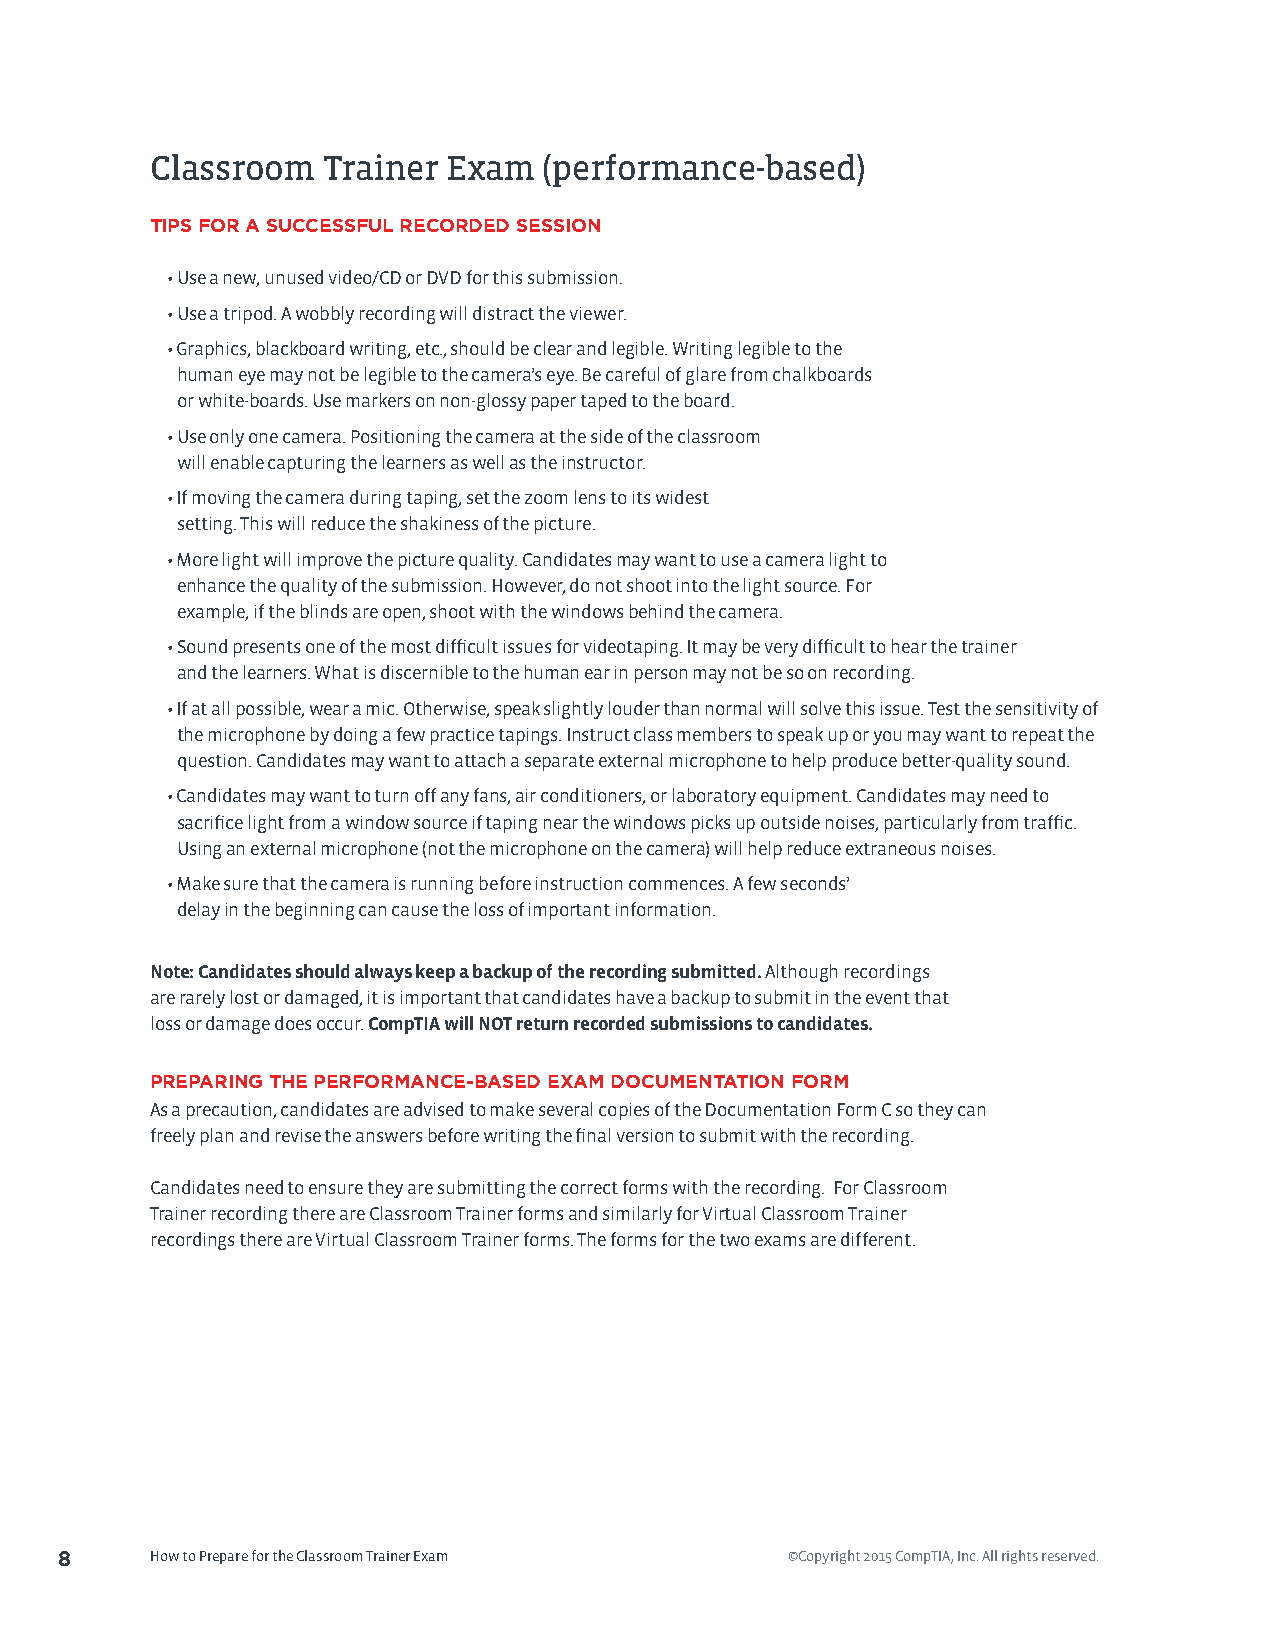
Classroom  Trainer  Exam  (performance-based)
 TIPS FOR A SUCCESSFUL RECORDED SESSION
 • Use a new, unused video/CD or DVD for this submission.
 • Use a tripod. A wobbly recording will distract the viewer.
 • Graphics, blackboard writing, etc., should be clear and legible. Writing legible to the
 human eye may not be legible to the camera’s eye. Be careful of glare from chalkboards
 or white-boards. Use markers on non-glossy paper taped to the board.
 • Use only one camera. Positioning the camera at the side of the classroom
 will enable capturing the learners as well as the instructor.
 • If moving the camera during taping, set the zoom lens to its widest
 setting. This will reduce the shakiness of the picture.
 • More light will improve the picture quality. Candidates may want to use a camera light to
 enhance the quality of the submission. However, do not shoot into the light source. For
 example, if the blinds are open, shoot with the windows behind the camera.
 • Sound presents one of the most difficult issues for videotaping. It may be very difficult to hear the trainer
 and the learners. What is discernible to the human ear in person may not be so on recording.
 • If at all possible, wear a mic. Otherwise, speak slightly louder than normal will solve this issue. Test the sensitivity of
 the microphone by doing a few practice tapings. Instruct class members to speak up or you may want to repeat the
 question. Candidates may want to attach a separate external microphone to help produce better-quality sound.
 • Candidates may want to turn off any fans, air conditioners, or laboratory equipment. Candidates may need to
 sacrifice light from a window source if taping near the windows picks up outside noises, particularly from traffic.
 Using an external microphone (not the microphone on the camera) will help reduce extraneous noises.
 • Make sure that the camera is running before instruction commences. A few seconds’
 delay in the beginning can cause the loss of important information.
 Note: Candidates should always keep a backup of the recording submitted. Although recordings
 are rarely lost or damaged, it is important that candidates have a backup to submit in the event that
 loss or damage does occur. CompTIA will NOT return recorded submissions to candidates.
 PREPARING THE PERFORMANCE-BASED EXAM DOCUMENTATION FORM
 As a precaution, candidates are advised to make several copies of the Documentation Form C so they can
 freely plan and revise the answers before writing the final version to submit with the recording.
 Candidates need to ensure they are submitting the correct forms with the recording. For Classroom
 Trainer recording there are Classroom Trainer forms and similarly for Virtual Classroom Trainer
 recordings there are Virtual Classroom Trainer forms. The forms for the two exams are different.
 8     How to Prepare for the Classroom Trainer Exam ©Copyright 2015 CompTIA, Inc. All rights reserved.